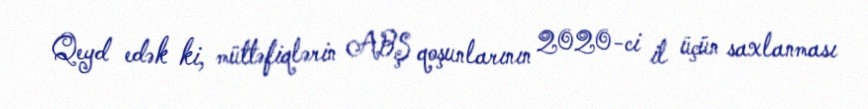
Qeyd edək ki, müttəfiqlərin ABŞ qoşunlarının 2020-ci il üçün saxlanması